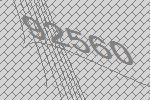
92560